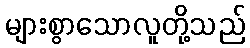
များစွာသောလူတို့သည်